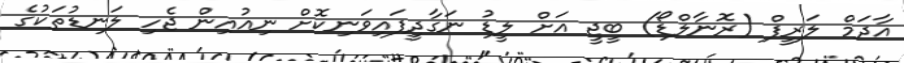
އާދަމް ލަރީފް (ރޮނާލްޑޯ) ބީޖީ އަށް ލީޑު ނަގާދީފައިވަނިކޮށް ނިއުއިން ޖެހި ލަނޑުތަކުގެ